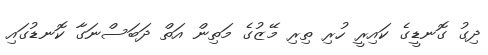
ދިގު ގޮނޑީގެ ކައިރީ ހުރި ތިރި މޭޒުގެ މަތިން އަތް ދަބަސްނަގާ ކޮނޑުގައި